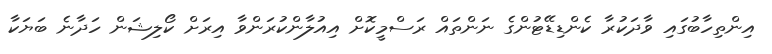
އިންތިހާބުގައި ވާދަކުރާ ކެންޑިޑޭޓުންގެ ނަންތައް ރަސްމީކޮށް އިއުލާންކުރަންވާ އިރަށް ކޯލިޝަން ހަދާނެ ބަޔަކާ